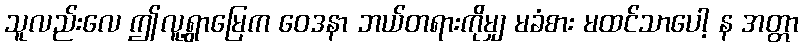
သူလည်းလေ ဤလူ့ရွာမြေက ဝေဒနာ ဘယ်တရားကိုမျှ မခံစား မထင်သာပေါ့ န အတ္တာ